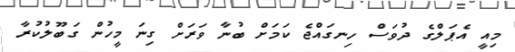
މިއީ އެޕަލްގެ ދުވަސް ހިނގައްޖެ ކަމަށް ބުނާ ވަރަށް ގިނަ މީހުން ގަބޫލުކުރާ